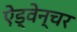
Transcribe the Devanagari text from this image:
ऐड्वेन्चर